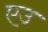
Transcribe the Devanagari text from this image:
एउ